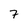
Character: 7